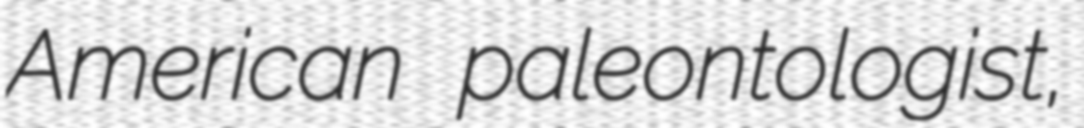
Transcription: American paleontologist,